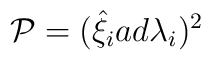
{\cal P}=({\hat{\xi}}_{i}ad{\lambda}_{i})^2